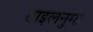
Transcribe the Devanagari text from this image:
टाइलनुमा